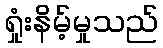
ရှုံးနိမ့်မှုသည်